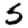
Digit: 5